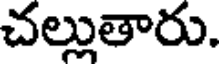
చల్లుతారు.